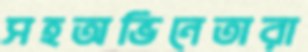
সহঅভিনেতারা